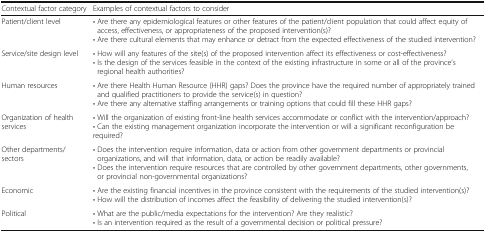
<table><thead><tr><td><b>Contextual factor category</b></td><td><b>Examples of contextual factors to consider</b></td></tr></thead><tbody><tr><td>Patient/client level</td><td>• Are there any epidemiological features or other features of the patient/client population that could affect equity of access, effectiveness, or appropriateness of the proposed intervention(s)?• Are there cultural elements that may enhance or detract from the expected effectiveness of the studied intervention?</td></tr><tr><td>Service/site design level</td><td>• How will any features of the site(s) of the proposed intervention affect its effectiveness or cost-effectiveness?• Is the design of the services feasible in the context of the existing infrastructure in some or all of the province’s regional health authorities?</td></tr><tr><td>Human resources</td><td>• Are there Health Human Resource (HHR) gaps? Does the province have the required number of appropriately trained and qualified practitioners to provide the service(s) in question?• Are there any alternative staffing arrangements or training options that could fill these HHR gaps?</td></tr><tr><td>Organization of health services</td><td>• Will the organization of existing front-line health services accommodate or conflict with the intervention/approach?• Can the existing management organization incorporate the intervention or will a significant reconfiguration be required?</td></tr><tr><td>Other departments/sectors</td><td>• Does the intervention require information, data or action from other government departments or provincial organizations, and will that information, data, or action be readily available?• Does the intervention require resources that are controlled by other government departments, other governments, or provincial non-governmental organizations?</td></tr><tr><td>Economic</td><td>• Are the existing financial incentives in the province consistent with the requirements of the studied intervention(s)?• How will the distribution of incomes affect the feasibility of delivering the studied intervention(s)?</td></tr><tr><td>Political</td><td>• What are the public/media expectations for the intervention? Are they realistic?• Is an intervention required as the result of a governmental decision or political pressure?</td></tr></tbody></table>